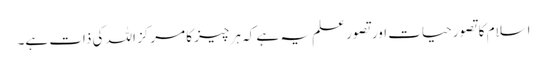
اسلام کا تصور حیات اور تصور علم یہ ہے کہ ہر چیز کا مرکز اللہ کی ذات ہے۔